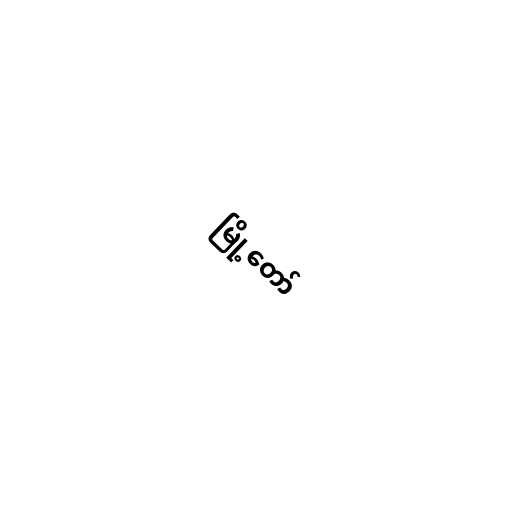
မြို့တော်